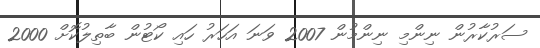
ސަރުކާރުން ނިންމި ނިންމުން 2007 ވަނަ އަހަރު ހައި ކޯޓުން ބާތިލުކޮށް 2000